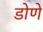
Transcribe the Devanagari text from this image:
डोणे